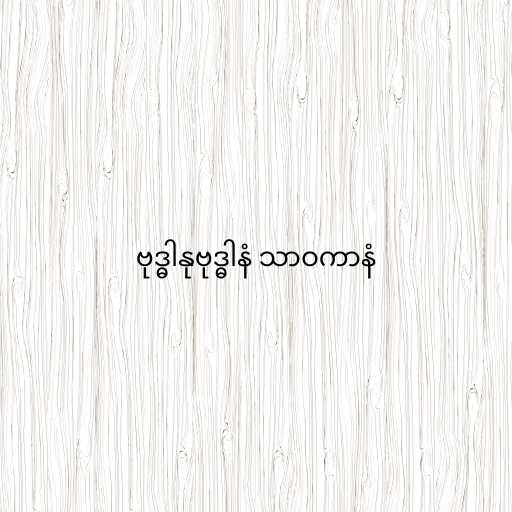
ဗုဒ္ဓါနုဗုဒ္ဓါနံ သာဝကာနံ